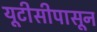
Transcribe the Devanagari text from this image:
यूटीसीपासून